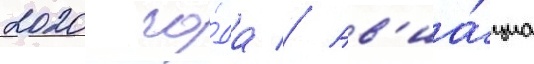
2020 го́да // Ав'иа́циа